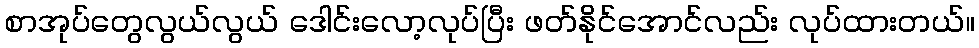
စာအုပ်တွေလွယ်လွယ် ဒေါင်းလော့လုပ်ပြီး ဖတ်နိုင်အောင်လည်း လုပ်ထားတယ်။